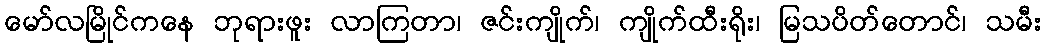
မော်လမြိုင်ကနေ ဘုရားဖူး လာကြတာ၊ ဇင်းကျိုက်၊ ကျိုက်ထီးရိုး၊ မြသပိတ်တောင်၊ သမီး